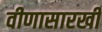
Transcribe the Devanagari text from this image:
वीणासारखी